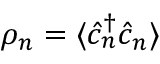
\rho _ { n } = \langle \hat { c } _ { n } ^ { \dag } \hat { c } _ { n } \rangle